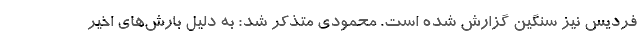
فردیس نیز سنگین گزارش شده است. محمودی متذکر شد: به دلیل بارش‌های اخیر